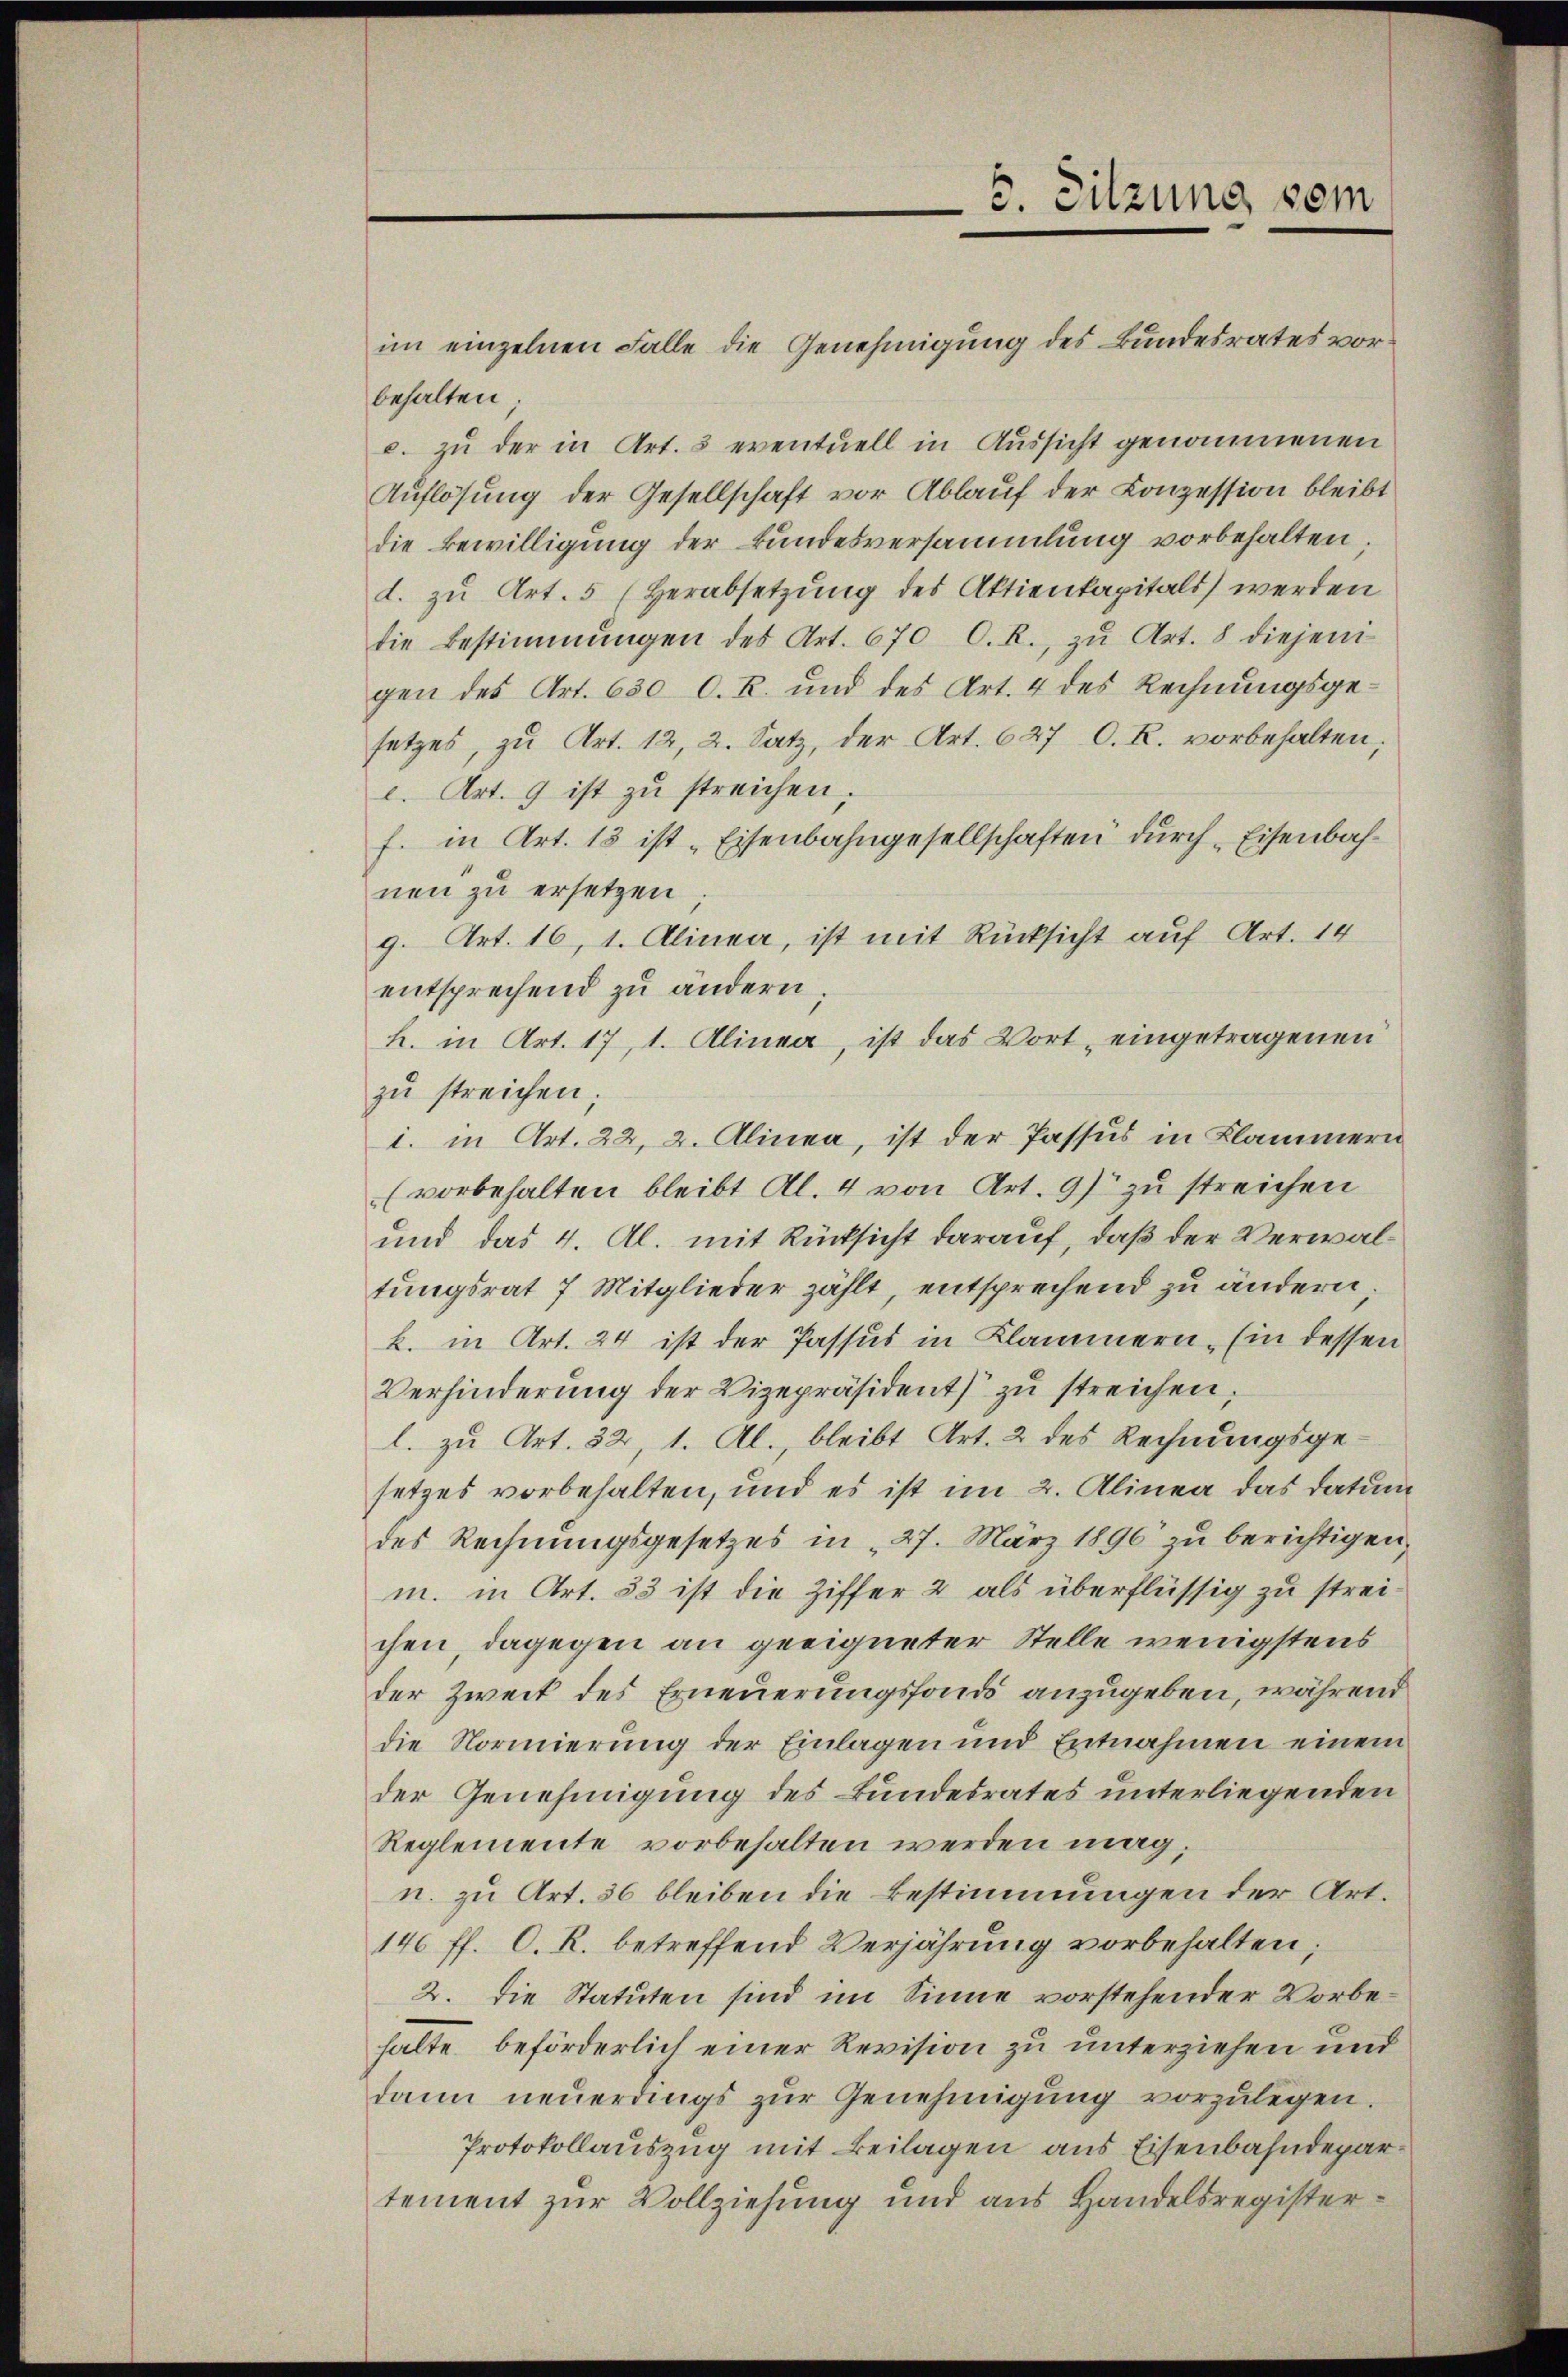
5. Sitzung vom

im einzelnen Falle die Genehmigung des Bundesrates vorbehalten;
c. zu der in Art. 3 eventuell in Aussicht genommenen
Auflösung der Gesellschaft vor Ablauf der Conzession bleibt
die Bewilligung der Bundesversammlung vorbehalten
d. zu Art. 5 (Herabsetzung des Aktienkapitals werden
die Bestimmungen des Art. 670 C. R., zu Art. 8 diejeni-
gen des Art. 630 C. R. und des Art. 4 des Rechnungsgesetzes, zu Art. 12, 2. Satz, der Art. 627 C. R. vorbehalten,
c. Art. 9 ist zŭ streichen.
f. in Art. 18 ist „Eisenbahngesellschaften durch „Eisenbahnen zu ersetzen
g. Art. 16, 1. Alinea, ist mit Rücksicht auf Art. 14
entsprechend zu ändern.
h. in Art. 17, 1. Alinea, ist das Wort eingetragenen
zŭ streichen;
i. in Art. 22, 2. Alinea, ist der Passus in Klammern
(vorbehalten bleibt Al. 4 von Art. 97 zu streichen
und das 4. Al. mit Rücksicht darauf, daß der Verwaltungsrat 7 Mitglieder zählt, entsprechend zu ändern,
b. in Art. 24 ist der Passus in Klammern. Ein dessen
Verhinderung der Vizepräsident zu streichen,
l. zu Art. 32, 1. Al., bleibt Art. 2 des Rechnungsgesetzes vorbehalten, und es ist im 2. Alinea das Datum
des Rechnungsgesetzes in 27. März 1896 zu berichtigen,
m. in Art. 53 ist die Ziffer 2 als überflüssig zu streichen, dagegen an geeigneter Stelle wenigstens
der Zweit des Erneuerungsfondo anzugeben, während
die Normierung der Einlagen und Entnahmen einem
der Genehmigung des Bundesrates unterliegenden
Reglemente vorbehalten werden mag,
n. zu Art. 36 bleiben die Bestimmungen der Art.
146 ff. O. R. betreffend Verjährung vorbehalten,
2. Die Statuten sind im Sinne vorstehender Vorbehalte beförderlich einer Revision zu unterziehen und
dann neuerdings zur Genehmigung vorzulegen.
Protokollauszug mit Beilagen aus Eisenbahndepartement zur Vollziehung und aus Handelsregister¬